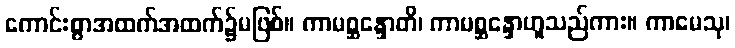
ကောင်းစွာအထက်အထက်၌မဖြစ်။ ကာမစ္ဆန္ဒောတိ၊ ကာမစ္ဆန္ဒောဟူသည်ကား။ ကာမေသု၊